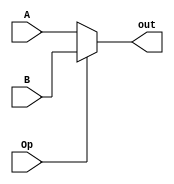
`timescale 1ns / 1ps
//////////////////////////////////////////////////////////////////////////////////
// Company: 
// Engineer: 
// 
// Design Name: 
// Module Name:    MUX 
// Project Name: 
// Target Devices: 
// Tool versions: 
// Description: 
//
// Dependencies: 
//
// Revision: 
// Revision 0.01 - File Created
// Additional Comments: 
//
//////////////////////////////////////////////////////////////////////////////////
module MUX_2_32(A,B,Op,out);
	input[31:0] A,B;
	input Op;
	output[31:0] out;
	reg[31:0] out;
	always @(*)
		begin
			if(Op)
				begin
					out=B;
				end
			else
				begin
					out=A;
				end
		end
endmodule



module MUX_2_5(A,B,Op,out);
	input[4:0] A,B;
	input Op;
	output[4:0] out;
	reg[4:0] out;
	always @(*)
		begin
			if(Op)
				begin
					out=B;
				end
			else
				begin
					out=A;
				end
		end		
endmodule 



module MUX_2_30(A,B,Op,out);
	input[29:0] A,B;
	input Op;
	output[29:0] out;
	reg[29:0] out;
	always @(*)
		begin
			if(Op)
				begin
					out=B;
				end
			else
				begin
					out=A;
				end
		end
endmodule 

module MUX_4_32(A,B,C,D,Op,out);
	input[31:0] A,B,C,D;
	input [1:0]Op;
	output[31:0] out;
	reg[31:0] out;
	always @(*)
		begin
			case(Op)
			2'b00:begin out=A;end
			2'b01:begin out=B;end
			2'b10:begin out=C;end
			2'b11:begin out=D;end
			endcase
		end
endmodule